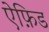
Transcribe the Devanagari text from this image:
ऐफ़िड